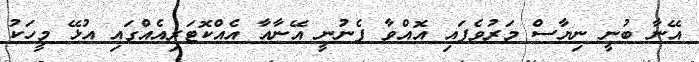
އޭނާ ބުނީ ނިޔާސް މަރުވެފައި އޮއްވާ ފެނުނީ އޭނާއާ އެއްކޮޓަރިއެއްގައި އުޅޭ މީހަކު